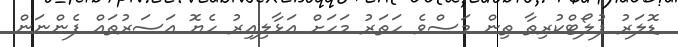
ޑޮލަރު ފުލޯޓްކުރިތާ ތިން މަސްވެ ހަތަރު މަހަށް އަޅާލިއިރު ހެޔޮ އަސަރުތައް ފެންނަން